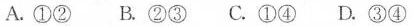
A.①② B.②③ C.①④ D.③④